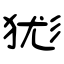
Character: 狵